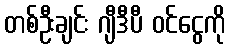
တစ်ဦးချင်း ဂျီဒီပီ ဝင်ငွေကို